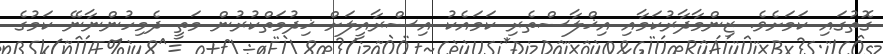
ގޮތުގައި ކަމަށެވެ. ޒިންމާދާރުކަމާއި އިޚްލާސްތެރި ކަމައެކު އިސްރާއީލަށް ޚިދުމަތްކުރުން މަތީ ދެމިހުންނާނޭ ކަމުގެ